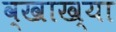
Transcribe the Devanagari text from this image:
व्खाख्या